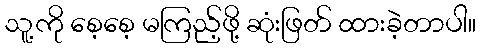
သူ့ကို စေ့စေ့ မကြည့်ဖို့ ဆုံးဖြတ် ထားခဲ့တာပါ။